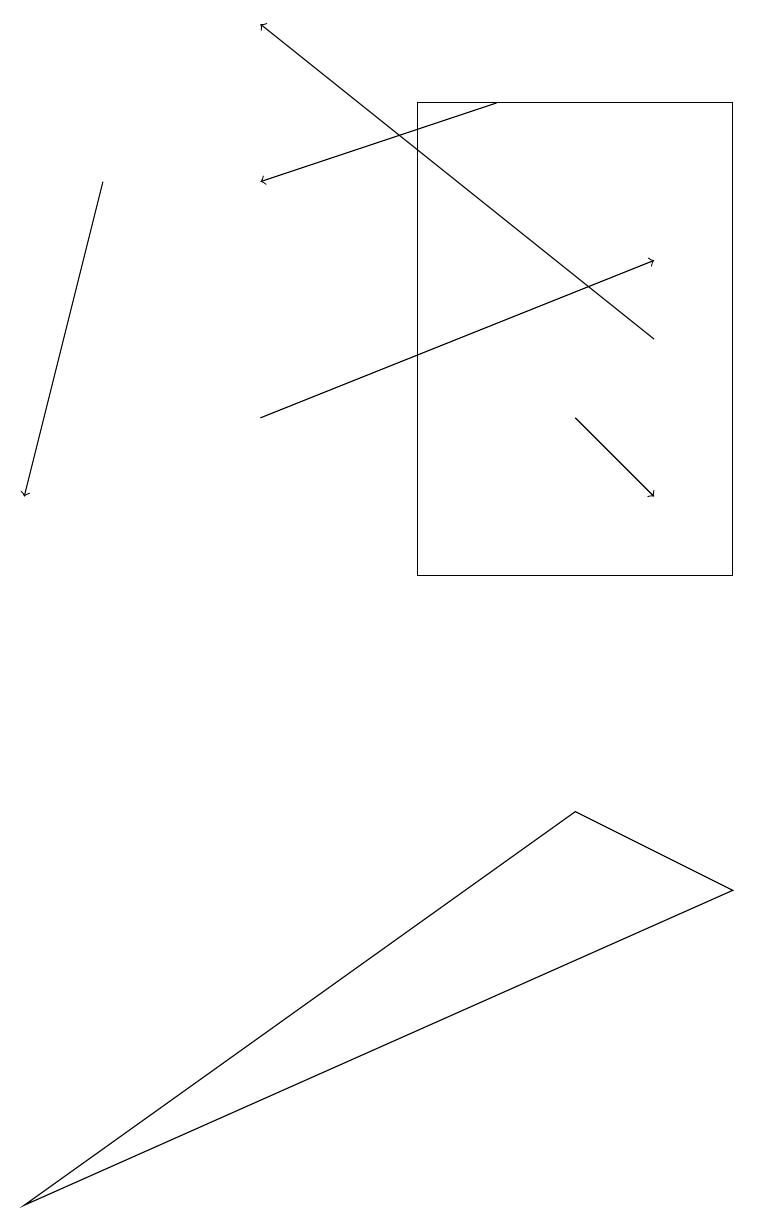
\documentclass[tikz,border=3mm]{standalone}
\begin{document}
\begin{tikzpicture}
\draw (0,3) -- (9,7) -- (7,8) -- cycle;
\draw[->] (8,14) -- (3,18);
\draw (9,17) rectangle (5,11);
\draw[->] (6,17) -- (3,16);
\draw[->] (1,16) -- (0,12);
\draw[->] (7,13) -- (8,12);
\draw[->] (3,13) -- (8,15);
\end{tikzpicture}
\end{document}